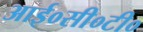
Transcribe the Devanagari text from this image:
आई०सी०टी०